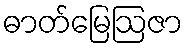
ဓာတ်မြေဩဇာ